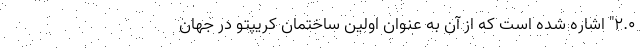
۲.۰" اشاره شده است که از آن به عنوان اولین ساختمان کریپتو در جهان